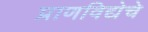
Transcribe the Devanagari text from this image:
प्राणविद्येचे